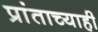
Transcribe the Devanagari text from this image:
प्रांताच्याही